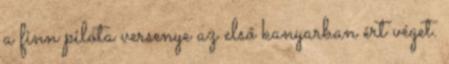
a finn pilóta versenye az első kanyarban ért véget.